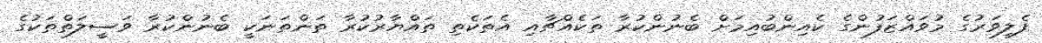
ފެލިވަރުގެ މުވައްޒަފުންގެ ކެއިންބުއިމަށް ބެނުންކުރާ ތަކެއްޗާއި އެތަކެތި ތައްޔާރުކުރާ ތަންތަނަކީ ބެނުންކުރާ ވަސީލަތްތަކުގެ